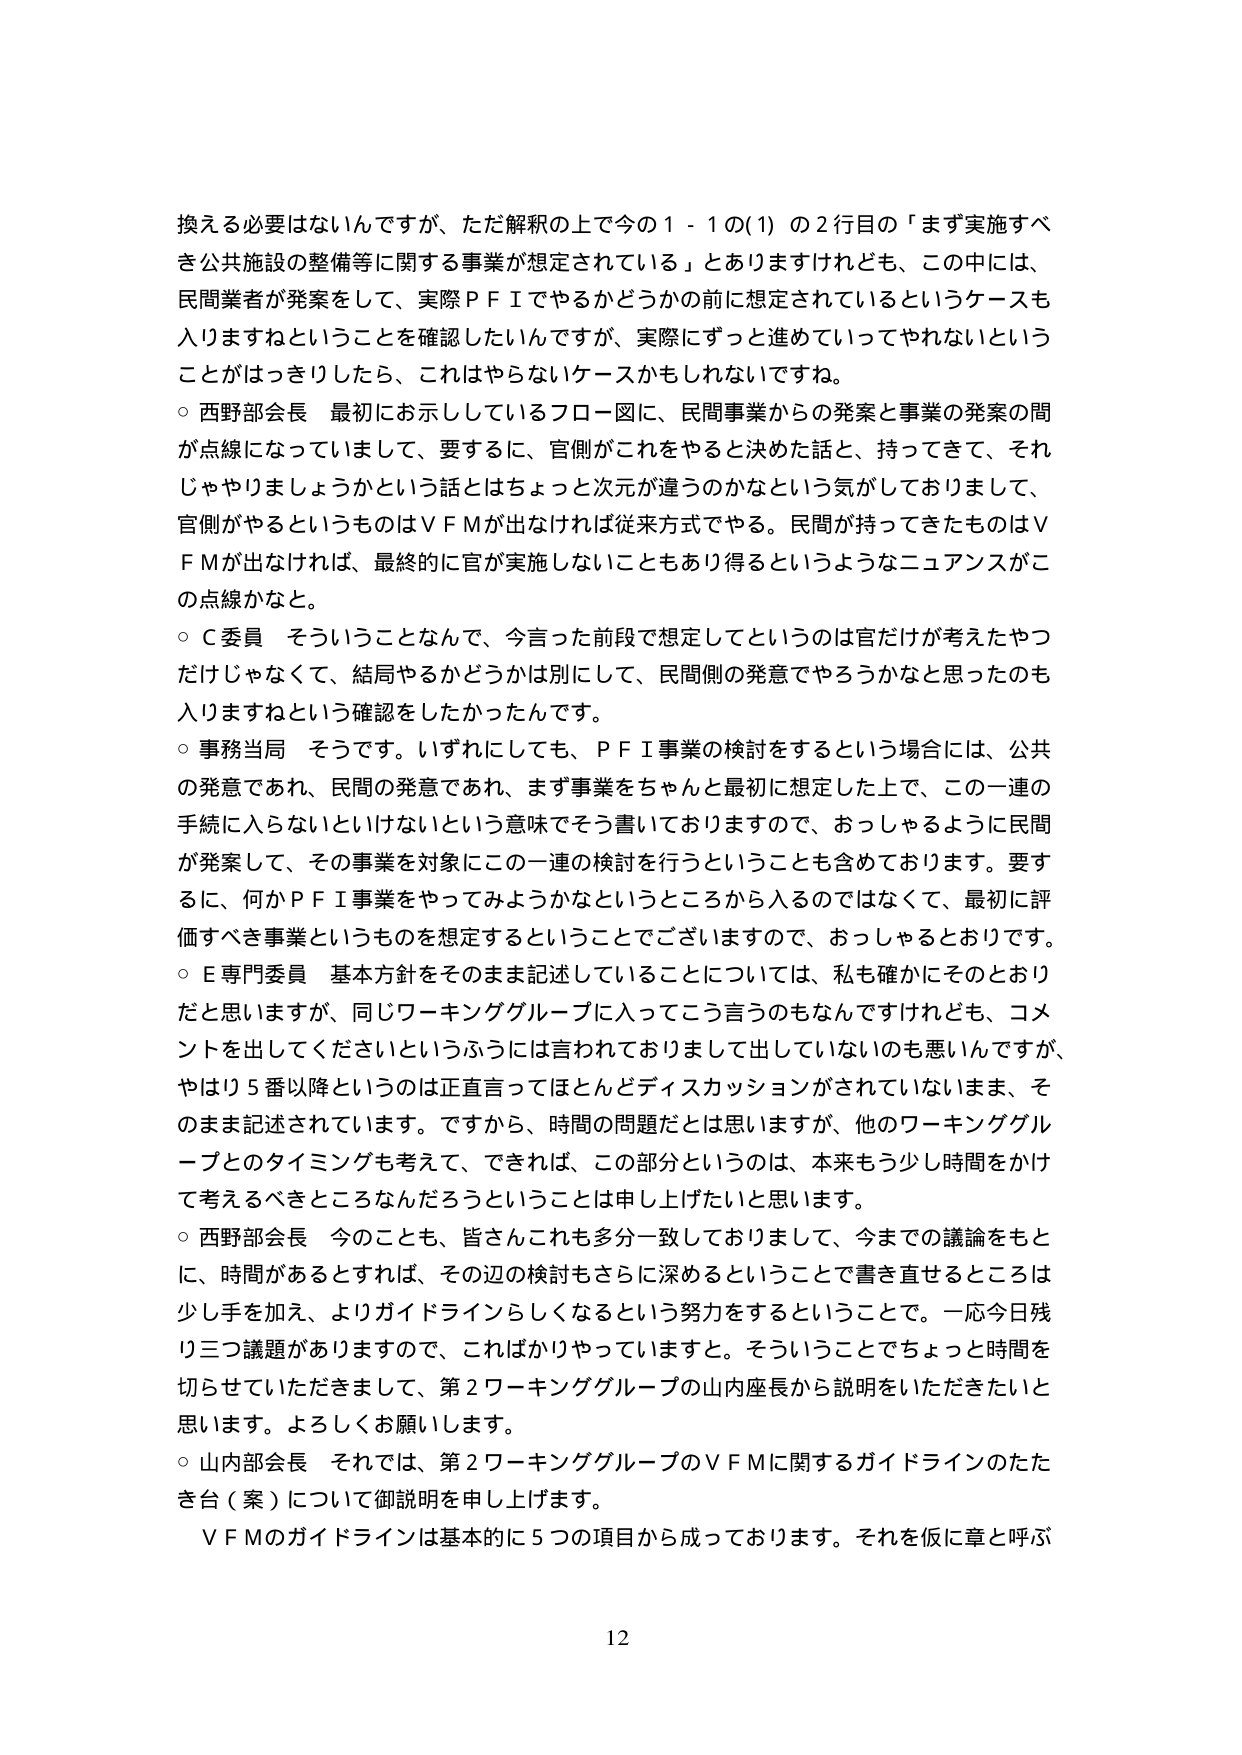
換える必要はないんですが、ただ解釈の上で今の１－１の(1)の２行目の「まず実施すべき公共施設の整備等に関する事業が想定されている」とありますけれども、この中には、民間業者が発案をして、実際ＰＦＩでやるかどうかの前に想定されているというケースも入りますねということを確認したいんですが、実際にずっと進めていってやれないということがはっきりしたら、これはやらないケースかもしれないですね。

○ 西野部会長 最初にお示ししているフロー図に、民間事業からの発案と事業の発案の間が点線になってしまって、要するに、官側がこれをやると決めた話と、持ってきて、それじゃやりましょうかという話とはちょっと次元が違うのかなという気がしておりまして、官側がやるというものはＶＦＭが出なければ従来方式でやる。民間が持ってきたものはＶＦＭが出なければ、最終的に官が実施しないこともあり得るというようなニュアンスがこの点線かなと。

○ Ｃ委員 そういうことなんで、今言った前段で想定してというのは官だけが考えたやつだけじゃなくて、結局やるかどうかは別にして、民間側の発意でやろうかなと思ったのも入りますねという確認をしたかったんです。

○ 事務当局 そうです。いずれにしても、ＰＦＩ事業の検討をするという場合には、公共の発意であれ、民間の発意であれ、まず事業をちゃんと最初に想定した上で、この一連の手続に入らないといけないという意味でそう書いておりますので、おっしゃるように民間が発案して、その事業を対象にこの一連の検討を行うということも含めております。要するに、何かＰＦＩ事業をやってみようかなというところから入るのではなくて、最初に評価すべき事業というものを想定するということでございますので、おっしゃるとおりです。

○ Ｅ専門委員 基本方針をそのまま記述していることについては、私も確かにそのとおりだと思いますが、同じワーキンググループに入ってこう言うのもなんですけれども、コメントを出してくださいというふうには言われておりまして出していないのも悪いんですが、やはり５番以降というのは正直言ってほとんどディスカッションがされていないまま、そのまま記述されています。ですから、時間の問題だとは思いますが、他のワーキンググループとのタイミングも考えて、できれば、この部分というのは、本来もう少し時間をかけて考えるべきところなんだろうということは申し上げたいと思います。

○ 西野部会長 今のことも、皆さんこれも多分一致しておりまして、今までの議論をもとに、時間があるとすれば、その辺の検討もさらに深めるということで書き直せるところは少し手を加え、よりガイドラインらしくなるという努力をするということで。一応今日残り三つ議題がありますので、これはかりやっていきます。そういうことでちょっと時間を切らせていただきまして、第２ワーキンググループの山内座長から説明をいただきたいと思います。よろしくお願いします。

○ 山内部会長 それでは、第２ワーキンググループのＶＦＭに関するガイドラインのたたき台（案）について御説明を申し上げます。

　ＶＦＭのガイドラインは基本的に５つの項目から成っております。それを仮に章と呼ぶ

12